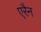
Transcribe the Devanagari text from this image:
एरैन